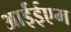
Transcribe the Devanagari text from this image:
आईईएम